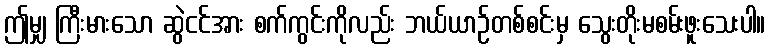
ဤမျှ ကြီးမားသော ဆွဲငင်အား စက်ကွင်းကိုလည်း ဘယ်ယာဉ်တစ်စင်းမှ သွေးတိုးမစမ်းဖူးသေးပါ။